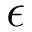
\epsilon